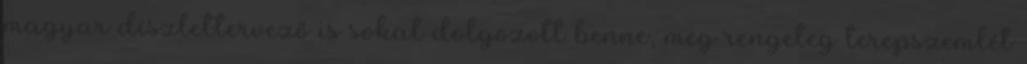
magyar díszlettervező is sokat dolgozott benne, meg rengeteg terepszemlét